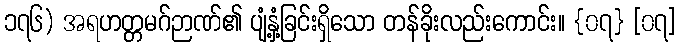
၁၇၆) အရဟတ္တမဂ်ဉာဏ်၏ ပျံ့နှံ့ခြင်းရှိသော တန်ခိုးလည်းကောင်း။ {၀၇} [၀၇]